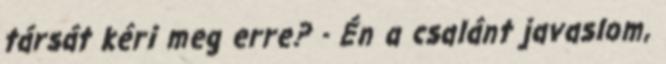
társát kéri meg erre? - Én a csalánt javaslom,